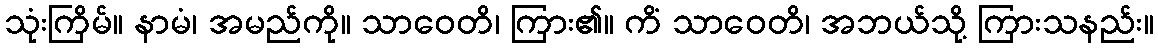
သုံးကြိမ်။ နာမံ၊ အမည်ကို။ သာဝေတိ၊ ကြား၏။ ကိံ သာဝေတိ၊ အဘယ်သို့ ကြားသနည်း။